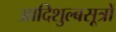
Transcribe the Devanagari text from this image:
आदिशुल्बसूत्रों